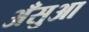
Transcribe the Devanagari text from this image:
अँसुआ